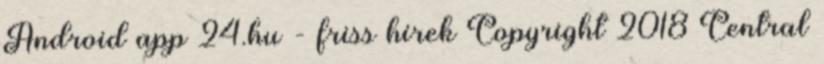
Android app 24.hu - friss hírek Copyright 2018 Central